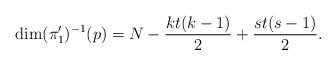
LaTeX: \begin{align*} \dim (\pi'_1)^{-1}(p)= N- \frac {kt(k-1)}2+\frac {st(s-1)} 2 . \end{align*}